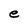
Character: e